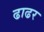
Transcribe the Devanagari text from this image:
ढाढर